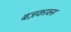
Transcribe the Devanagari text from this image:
बज़काक्स